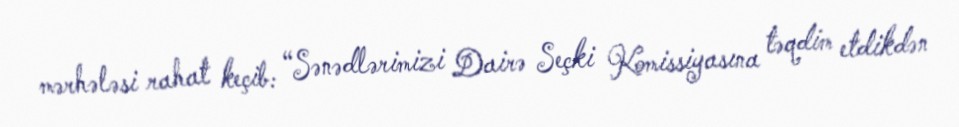
mərhələsi rahat keçib: “Sənədlərimizi Dairə Seçki Komissiyasına təqdim etdikdən